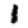
Digit: 1